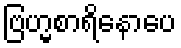
ဗြဟ္မစာရိနောပေ